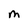
Character: M